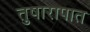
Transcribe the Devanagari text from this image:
तुषारापात